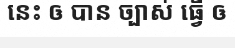
នេះ ឲ បាន ច្បាស់ ធ្វើ ឲ